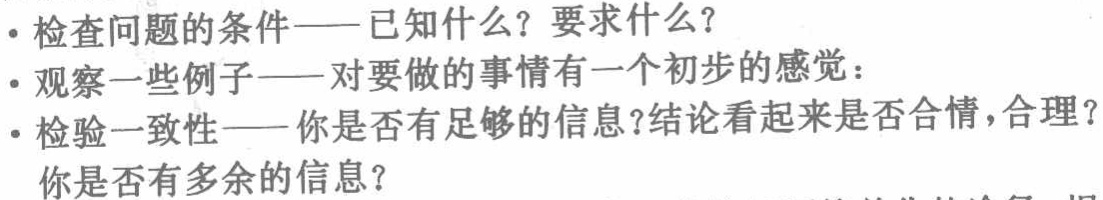
- 检查问题的条件——已知什么？要求什么？

- 观察一些例子——对要做的事情有一个初步的感觉：

- 检验一致性——你是否有足够的信息？结论看起来是否合情，合理？

你是否有多余的信息？